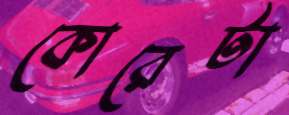
কোরেটা